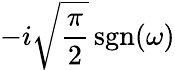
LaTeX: -i{\sqrt{\frac{\pi}{2}}}\operatorname{sgn}(\omega)